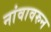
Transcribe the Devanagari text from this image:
नांवावरुन